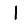
Digit: 1